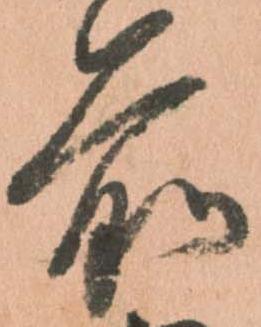
前